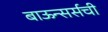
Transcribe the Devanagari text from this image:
बाऊन्सर्सची